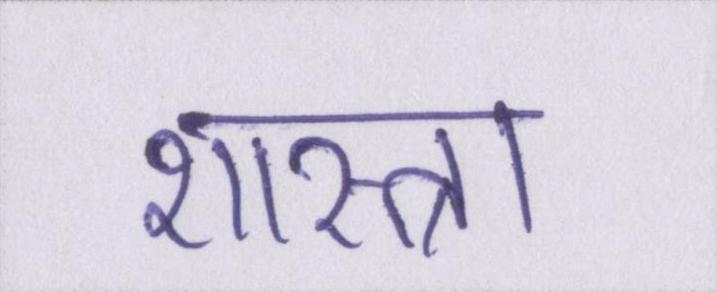
शास्त्रा